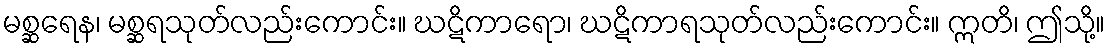
မစ္ဆရေန၊ မစ္ဆရသုတ်လည်းကောင်း။ ဃဋိကာရော၊ ဃဋိကာရသုတ်လည်းကောင်း။ ဣတိ၊ ဤသို့။